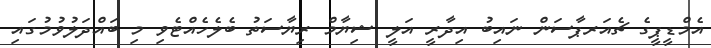
އެމްޑީޕީގެ ޗެއަރޕާސަން ނައިބު އިދާރީ އަލީ ޝިޔާމް ރިޔާސަތު ބެލެހެއްޓެވި މި ބައްދަލުވުމުގައި